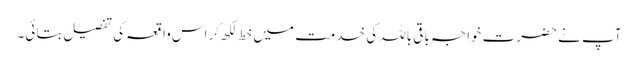
آپ نے حضرت خواجہ باقی باللہ کی خدمت میں خط لکھ کر اس واقعہ کی تفصیل بتائی۔